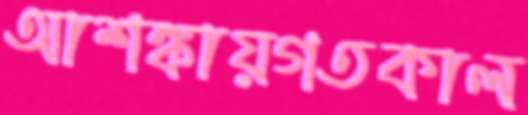
আশঙ্কায়গতকাল